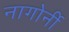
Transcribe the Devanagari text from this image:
नागोर्नी